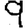
Digit: 9